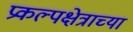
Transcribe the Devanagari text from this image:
प्रकल्पक्षेत्राच्या